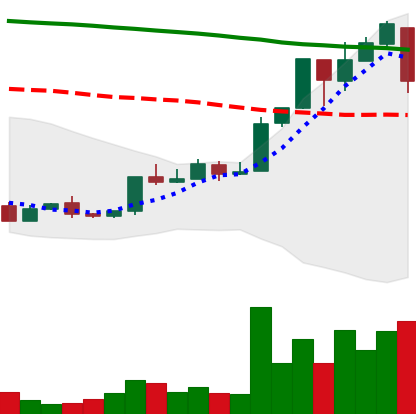
Ticker: XMR-USD
Chart end date: 2018-04-25
Forward return: -5.711%
Label: down_5_7